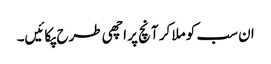
ان سب کو ملا کر آنچ پر اچھی طرح پکائیں۔